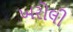
ખરોલી